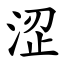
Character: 涩